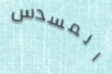
المسدس